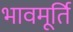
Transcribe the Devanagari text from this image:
भावमूर्ति